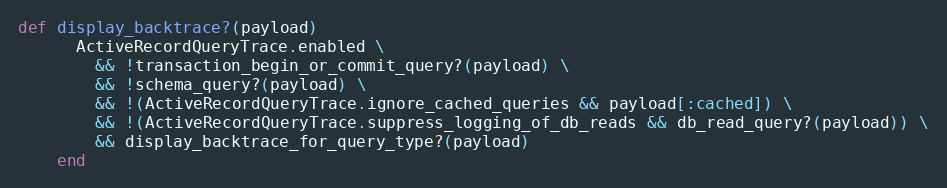
Language: Ruby
def display_backtrace?(payload)
      ActiveRecordQueryTrace.enabled \
        && !transaction_begin_or_commit_query?(payload) \
        && !schema_query?(payload) \
        && !(ActiveRecordQueryTrace.ignore_cached_queries && payload[:cached]) \
        && !(ActiveRecordQueryTrace.suppress_logging_of_db_reads && db_read_query?(payload)) \
        && display_backtrace_for_query_type?(payload)
    end